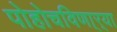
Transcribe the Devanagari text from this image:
पोहोचविणा्र्‍या